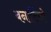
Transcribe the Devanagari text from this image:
बनार्डिनो